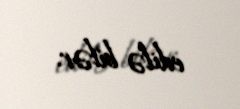
edilə bilər.